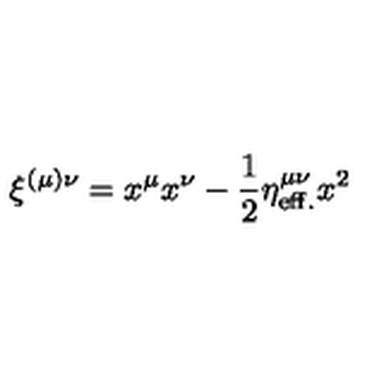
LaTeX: \xi ^ { ( \mu ) \nu } = x ^ { \mu } x ^ { \nu } - { \frac { 1 } { 2 } } \eta _ { \mathrm { e f f . } } ^ { \mu \nu } x ^ { 2 }